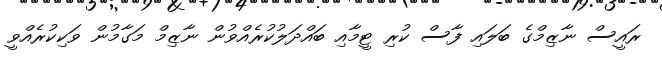
ރައީސް ނާޒިމްގެ ބަލައި ފާސް ކުރި ޓީމާއި ބައްދަލުކުރެއްވުން ނާޒިމް މަގާމުން ވަކިކުރެއްވީ